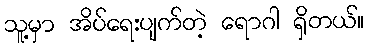
သူ့မှာ အိပ်ရေးပျက်တဲ့ ရောဂါ ရှိတယ်။